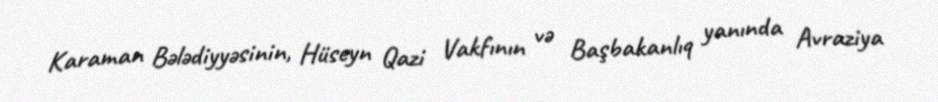
Karaman Bələdiyyəsinin, Hüseyn Qazi Vakfının və Başbakanlıq yanında Avraziya